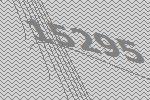
15295